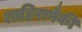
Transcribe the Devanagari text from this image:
शाहिरापैकी